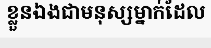
ខ្លួនឯងជាមនុស្សម្នាក់ដែល